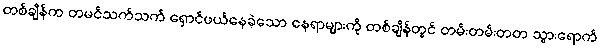
တစ်ချိန်က တမင်သက်သက် ရှောင်ဖယ်နေခဲ့သော နေရာများကို တစ်ချိန်တွင် တမ်းတမ်းတတ သွားရောက်